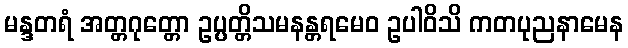
မန္ဒတရံ အတ္တဂုတ္တော ဥပ္ပတ္တိသမနန္တရမေဝ ဥပါဝိသိ ကတပုညနာမေန